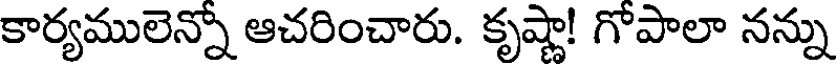
కార్యములెన్నో ఆచరించారు. కృష్ణా! గోపాలా నన్ను